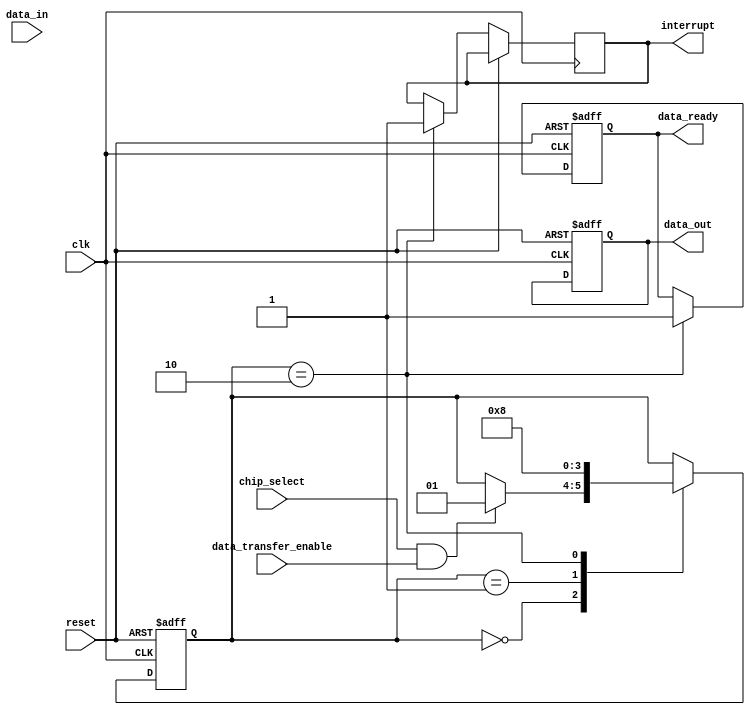
module spi_master(
    input wire clk,
    input wire reset,
    input wire chip_select,
    input wire data_transfer_enable,
    input wire [7:0] data_in,
    output reg [7:0] data_out,
    output reg data_ready,
    output reg interrupt
);

// State machine states
parameter IDLE = 0;
parameter TRANSMIT = 1;
parameter RECEIVE = 2;

reg [1:0] state;
reg [7:0] shift_register;
reg [7:0] data_buffer;
reg [7:0] error_detection;

always @(posedge clk or posedge reset) begin
  if (reset) begin
    state <= IDLE;
    data_out <= 8'b0;
    data_ready <= 0;
  end
  else begin
    case (state)
      IDLE: begin
        if (chip_select && data_transfer_enable) begin
          state <= TRANSMIT;
          shift_register <= data_in;
        end
      end
      TRANSMIT: begin
        // Implement SPI transmit logic here
        state <= RECEIVE;
      end
      RECEIVE: begin
        // Implement SPI receive logic here
        state <= IDLE;
        data_ready <= 1;
        interrupt <= 1;
      end
    endcase
  end
end

// Implement shift register for serial data transmission
always @(posedge clk) begin
  if (state == TRANSMIT) begin
    shift_register <= {shift_register[6:0], 1'b0};
  end
end

// Implement error detection and correction logic
always @(posedge clk) begin
  // Implement error detection and correction logic here
end

// Implement clock divider to generate SPI clock frequency
reg [15:0] counter;
always @(posedge clk or posedge reset) begin
  if (reset) begin
    counter <= 16'd0;
  end
  else begin
    counter <= counter + 1;
    if (counter == 16'd0) begin
      // Implement clock generation logic here
    end
  end
end

endmodule